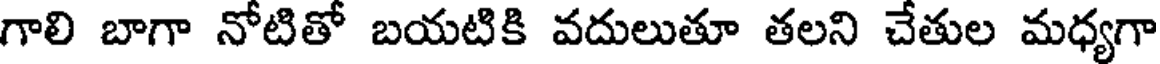
గాలి బాగా నోటితో బయటికి వదులుతూ తలని చేతుల మధ్యగా